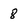
Character: 8